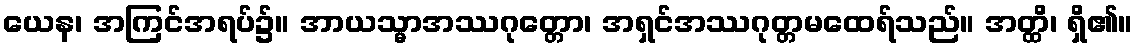
ယေန၊ အကြင်အရပ်၌။ အာယသ္မာအဿဂုတ္တော၊ အရှင်အဿဂုတ္တမထေရ်သည်။ အတ္ထိ၊ ရှိ၏။